Vaccine operations Central Provinces & Berar 1912-1920 - 1912-1920
Year: 1912
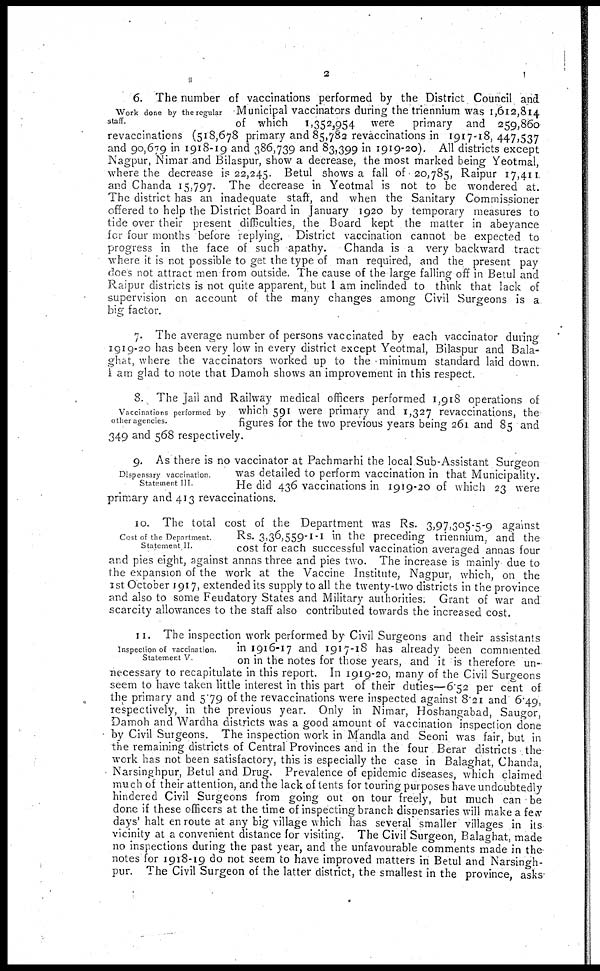
2
Work done by the regular
staff.
6. The number of vaccinations performed by the District Council and
Municipal vaccinators during the triennium was 1,612,814
of which 1,352,954 were primary and 259,860
revaccinations (518,678 primary and 85,782 revaccinations in 1917-18,447,537
and 90,679 in 1918-19 and 386,739 and 83,399 in 1919-20). All districts except
Nagpur, Nimar and Bilaspur, show a decrease, the most marked being Yeotmal,
where the decrease is 22,245. Betul shows a fall of 20,785, Raipur 17,411
and Chanda 15,797. The decrease in Yeotmal is not to be wondered at.
The district has an inadequate staff, and when the Sanitary Commissioner
offered to help the District Board in January 1920 by temporary measures to
tide over their present difficulties, the Board kept the matter in abeyance
for four months before replying. District vaccination cannot be expected to
progress in the face of such apathy. Chanda is a very backward tract
where it is not possible to get the type of man required, and the present pay
does not attract men from outside. The cause of the large falling off in Betul and
Raipur districts is not quite apparent, but I am inclinded to think that lack of
supervision on account of the many changes among Civil Surgeons is a
big factor.
7. The average number of persons vaccinated by each vaccinator during
1919-20 has been very low in every district except Yeotmal, Bilaspur and Bala-
ghat, where the vaccinators worked up to the minimum standard laid down.
I am glad to note that Damoh shows an improvement in this respect.
Vaccinations performed by
other agencies.
8. The Jail and Railway medical officers performed 1,918 operations of
which 591 were primary and 1,327 revaccinations, the
figures for the two previous years being 261 and 85 and
349 and 568 respectively.
Dispensary vaccination.
Statement III.
9. As there is no vaccinator at Pachmarhi the local Sub-Assistant Surgeon
was detailed to perform vaccination in that Municipality.
He did 436 vaccinations in 1919-20 of which 23 were
primary and 413 revaccinations.
Cost of the Department.
Statement II.
10. The total cost of the Department was Rs. 3,97,305-5-9 against
Rs. 3,36,559-1-1 in the preceding triennium, and the
cost for each successful vaccination averaged annas four
and pies eight, against annas three and pies two. The increase is mainly due to
the expansion of the work at the Vaccine Institute, Nagpur, which, on the
1st October 1917, extended its supply to all the twenty-two districts in the province
and also to some Feudatory States and Military authorities. Grant of war and
scarcity allowances to the staff also contributed towards the increased cost.
Inspection of vaccination.
Statement V.
11. The inspection work performed by Civil Surgeons and their assistants
in 1916-17 and 1917-18 has already been commented
on in the notes for those years, and it is therefore un-
necessary to recapitulate in this report. In 1919-20, many of the Civil Surgeons
seem to have taken little interest in this part of their duties—6.52 per cent of
the primary and 5.79 of the revaccinations were inspected against 8.21 and 6.49,
respectively, in the previous year. Only in Nimar, Hoshangabad, Saugor,
Damoh and Wardha districts was a good amount of vaccination inspection done
by Civil Surgeons. The inspection work in Mandla and Seoni was fair, but in
the remaining districts of Central Provinces and in the four Berar districts the
work has not been satisfactory, this is especially the case in Balaghat, Chanda,
Narsinghpur, Betul and Drug, Prevalence of epidemic diseases, which claimed
much of their attention, and the lack of tents for touring purposes have undoubtedly
hindered Civil Surgeons from going out on tour freely, but much can be
done if these officers at the time of inspecting branch dispensaries will make a few
days' halt en route at any big village which has several smaller villages in its
vicinity at a convenient distance for visiting. The Civil Surgeon, Balaghat, made
no inspections during the past year, and the unfavourable comments made in the
notes for 1918-19 do not seem to have improved matters in Betul and Narsingh-
pur. The Civil Surgeon of the latter district, the smallest in the province, asks